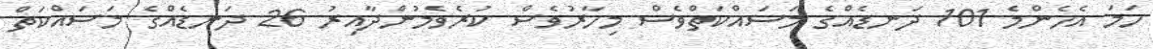
ހަމަ އެހެންމެ 101 ދަނޑެއްގެ މަސައްކަތްވެސް މިހާރުވެސް ކުރެވެމުންދާއިރު 26 ދަނޑެއްގެ މަސައްކަތް